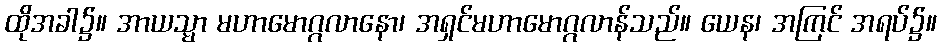
ထိုအခါ၌။ အာယသ္မာ မဟာမောဂ္ဂလာနော၊ အရှင်မဟာမောဂ္ဂလာန်သည်။ ယေန၊ အကြင် အရပ်၌။